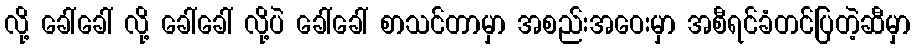
လို့ ခေါ်ခေါ် လို့ ခေါ်ခေါ် လို့ပဲ ခေါ်ခေါ် စာသင်တာမှာ အစည်းအဝေးမှာ အစီရင်ခံတင်ပြတဲ့ဆီမှာ